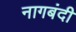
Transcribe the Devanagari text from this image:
नागबंदी